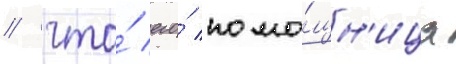
/ что́ его́ помо́щн'ица